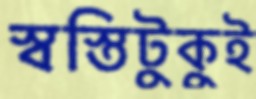
স্বস্তিটুকুই